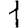
Digit: 1